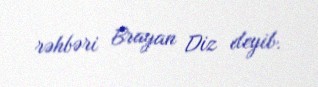
rəhbəri Brayan Diz deyib.